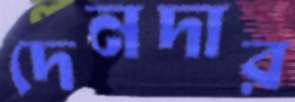
দেনদার